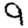
Digit: 9